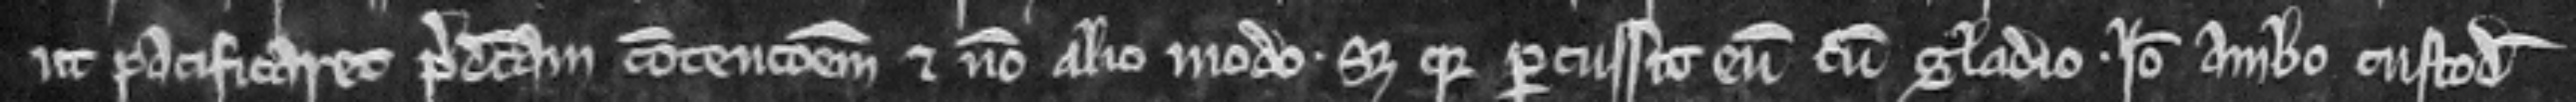
ut pacificaret predictam contencionem et non alio modo. Set quia percussit eum cum gladio. Ideo ambo custodiantur